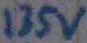
Text: 135V